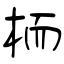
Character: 栭